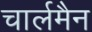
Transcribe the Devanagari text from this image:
चार्लमैन